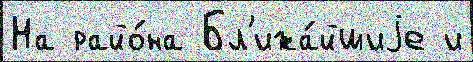
На райо́на Бл'ижа́йшиjе и